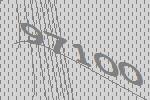
97100